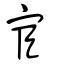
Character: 宦